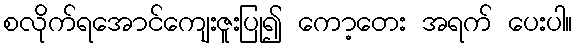
စလိုက်ရအောင်ကျေးဇူးပြု၍ ကော့တေး အရက် ပေးပါ။